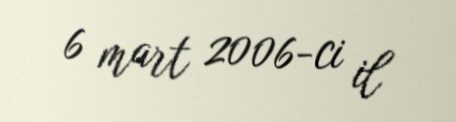
6 mart 2006-ci il